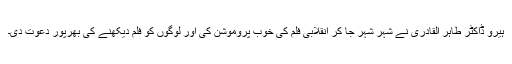
ہیرو ڈاکٹر طاہر القادری نے شہر شہر جا کر انقلابی فلم کی خوب پروموشن کی اور لوگوں کو فلم دیکھنے کی بھرپور دعوت دی۔